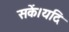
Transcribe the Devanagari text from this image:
सकें।यदि